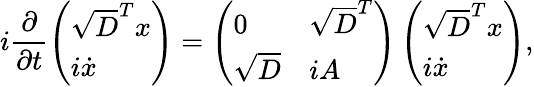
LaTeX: {i\frac{\partial}{\partial t}\left(\begin{array}{l}{\sqrt{D}^{T}{x}}\\ {i\dot{x}}\end{array}\right)=\left(\begin{array}{ll}{0}&{\sqrt{D}^{T}}\\ {\sqrt{D}}&{iA}\end{array}\right)\left(\begin{array}{l}{\sqrt{D}^{T}{x}}\\ {i\dot{x}}\end{array}\right)},